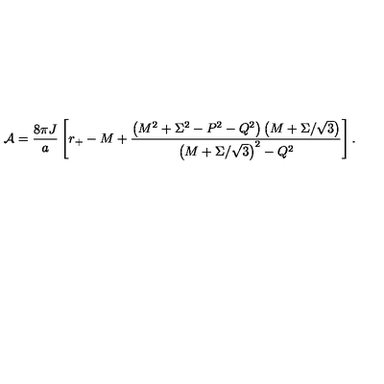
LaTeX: { \cal A } = { \frac { 8 \pi J } { a } } \left[ r _ { + } - M + { \frac { \left( M ^ { 2 } + \Sigma ^ { 2 } - P ^ { 2 } - Q ^ { 2 } \right) \left( M + \Sigma / \sqrt { 3 } \right) } { \left( M + \Sigma / \sqrt { 3 } \right) ^ { 2 } - Q ^ { 2 } } } \right] .